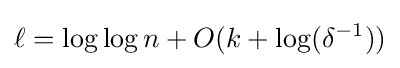
\ell =\log \log n+O(k+\log(\delta ^{-1}))